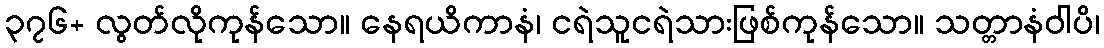
၃၇၆+ လွတ်လိုကုန်သော။ နေရယိကာနံ၊ ငရဲသူငရဲသားဖြစ်ကုန်သော။ သတ္တာနံဝါပိ၊